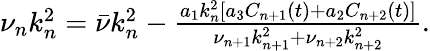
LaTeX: \begin{array}{r}{\nu_{n}k_{n}^{2}=\bar{\nu}k_{n}^{2}-\frac{a_{1}k_{n}^{2}[a_{3}C_{n+1}(t)+a_{2}C_{n+2}(t)]}{\nu_{n+1}k_{n+1}^{2}+\nu_{n+2}k_{n+2}^{2}}.}\end{array}